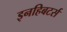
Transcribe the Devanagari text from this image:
इनहिबटर्स